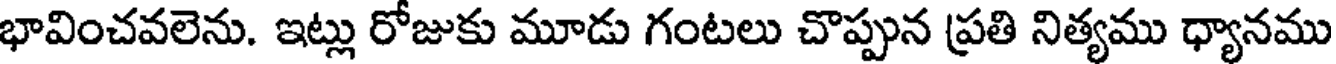
భావించవలెను. ఇట్లు రోజుకు మూడు గంటలు చొప్పున ప్రతి నిత్యము ధ్యానము